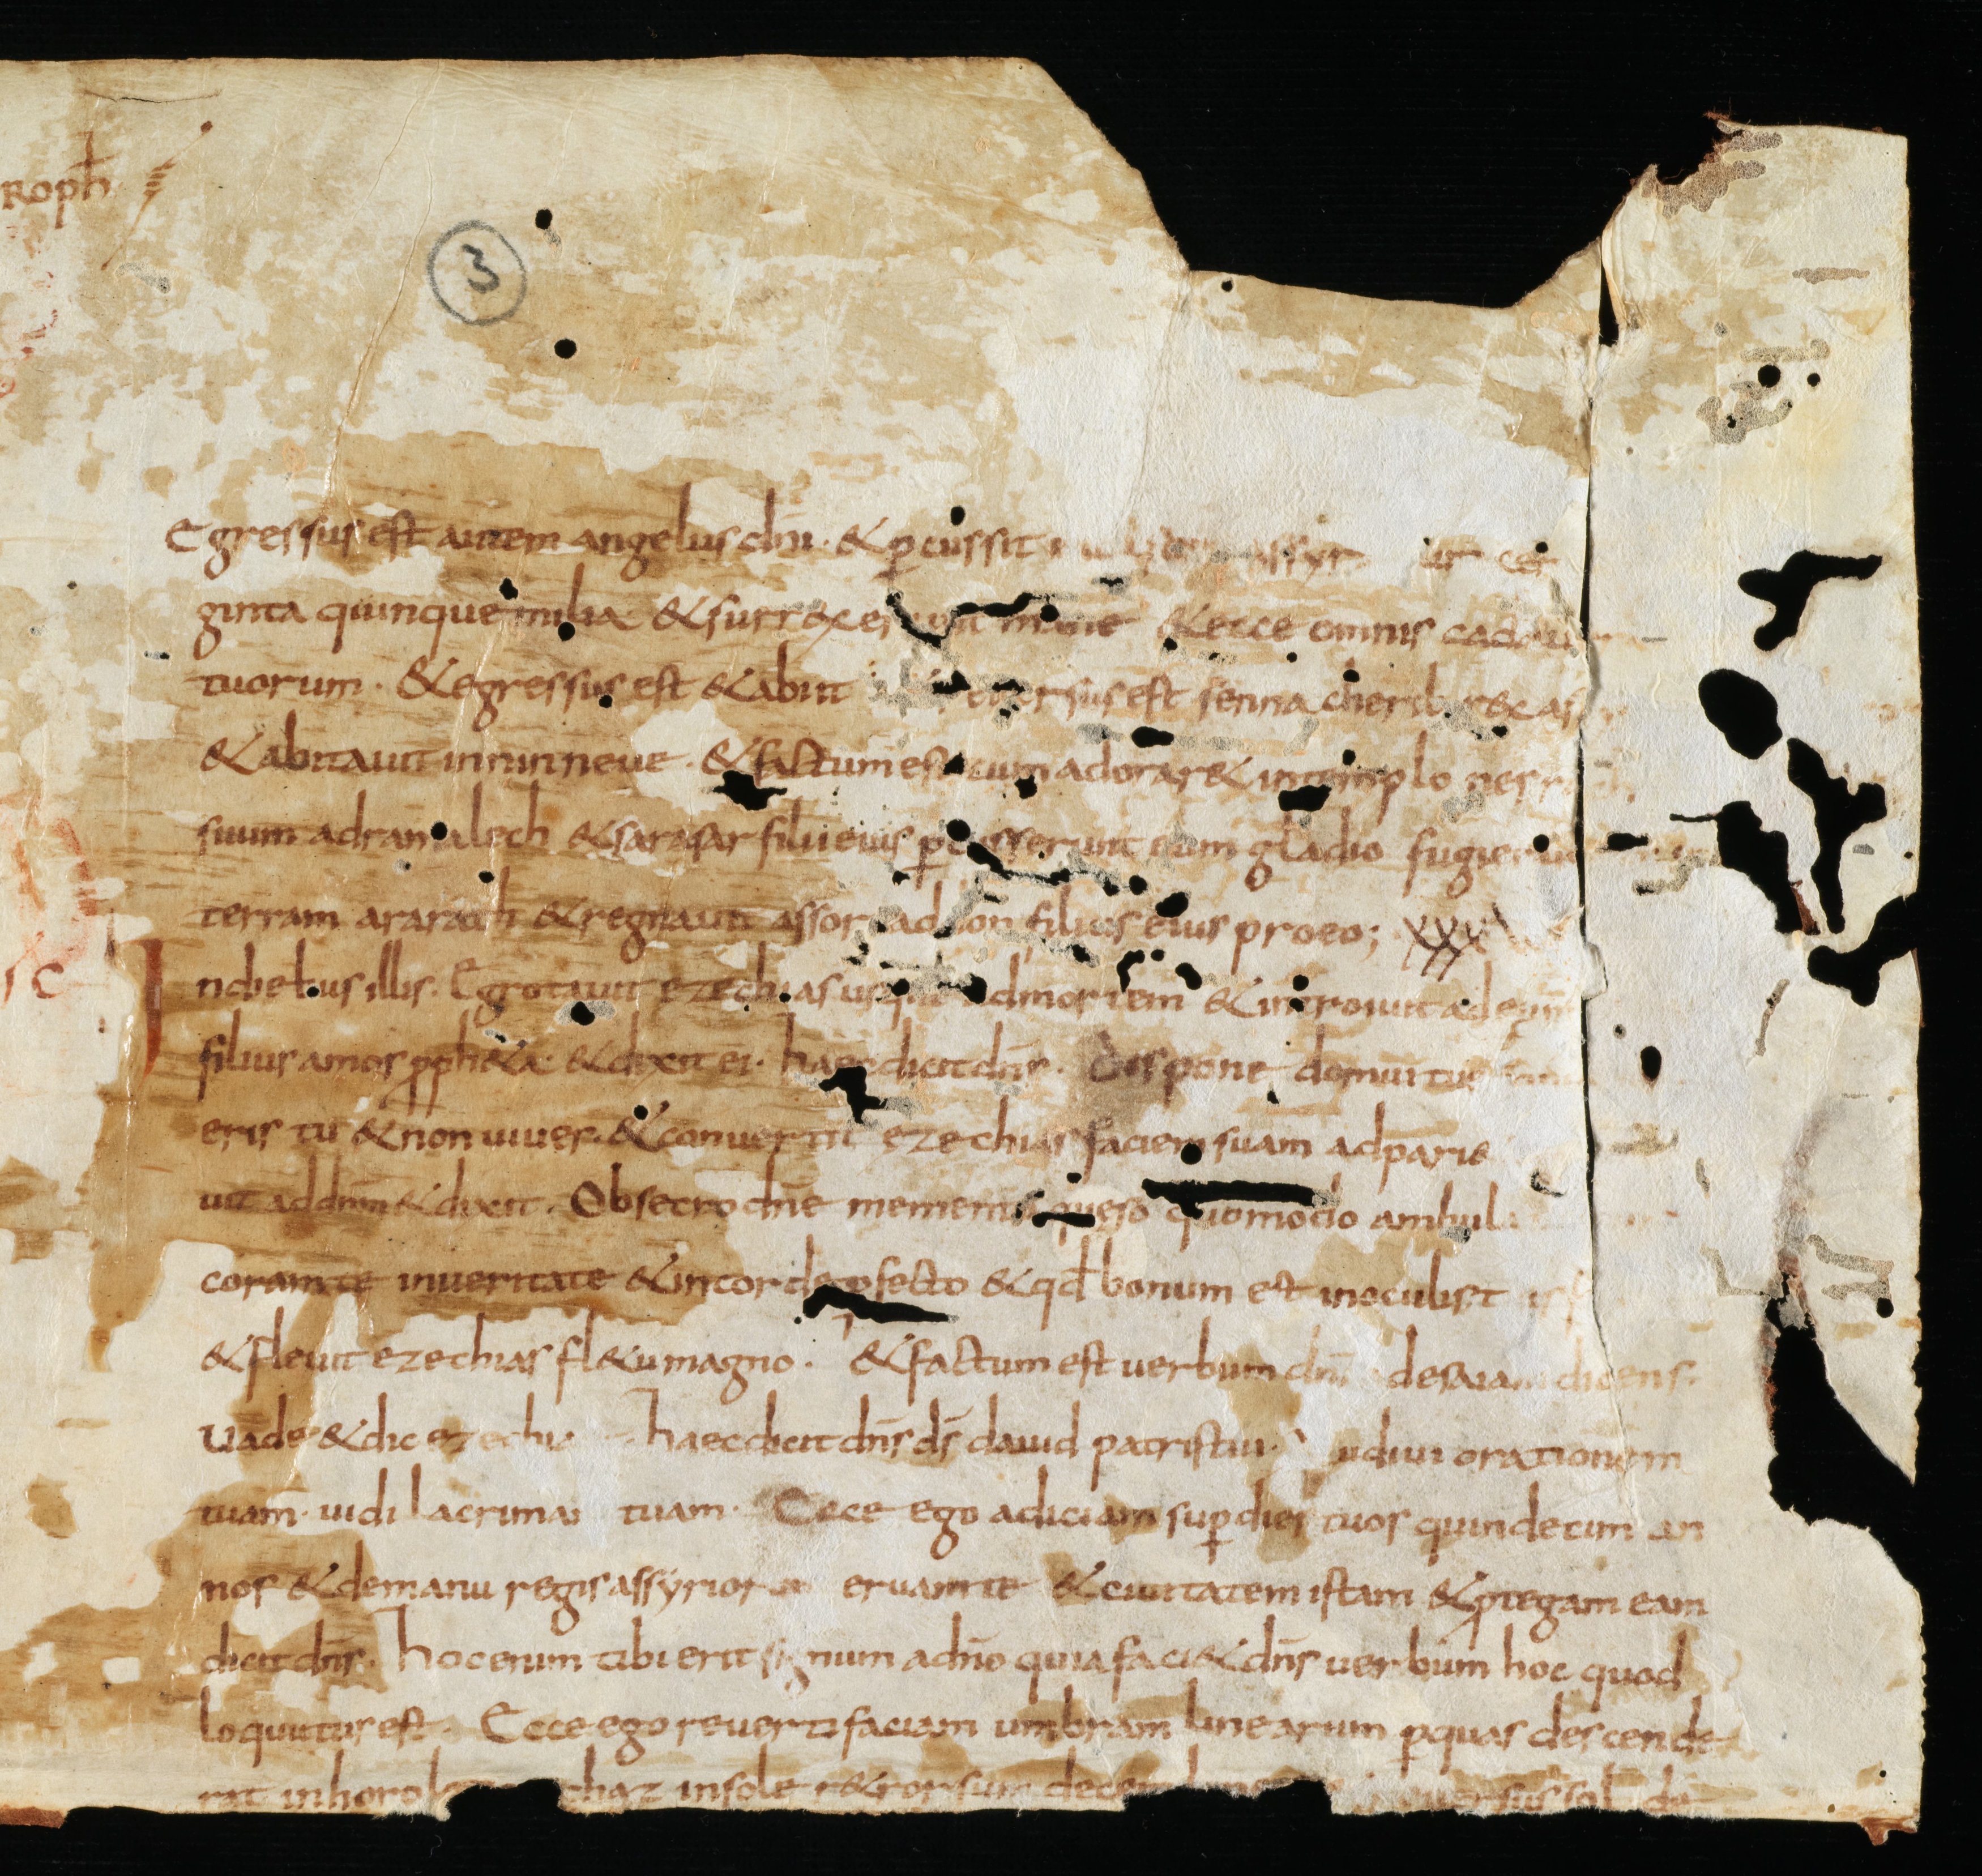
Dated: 835–865